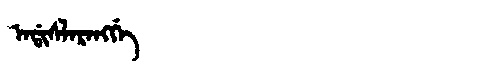
Manchu: ᠠᡩᡳᠰᠯᠠᡵᠠᠩᡤᡝ
Romanization: ADISLARANGGE